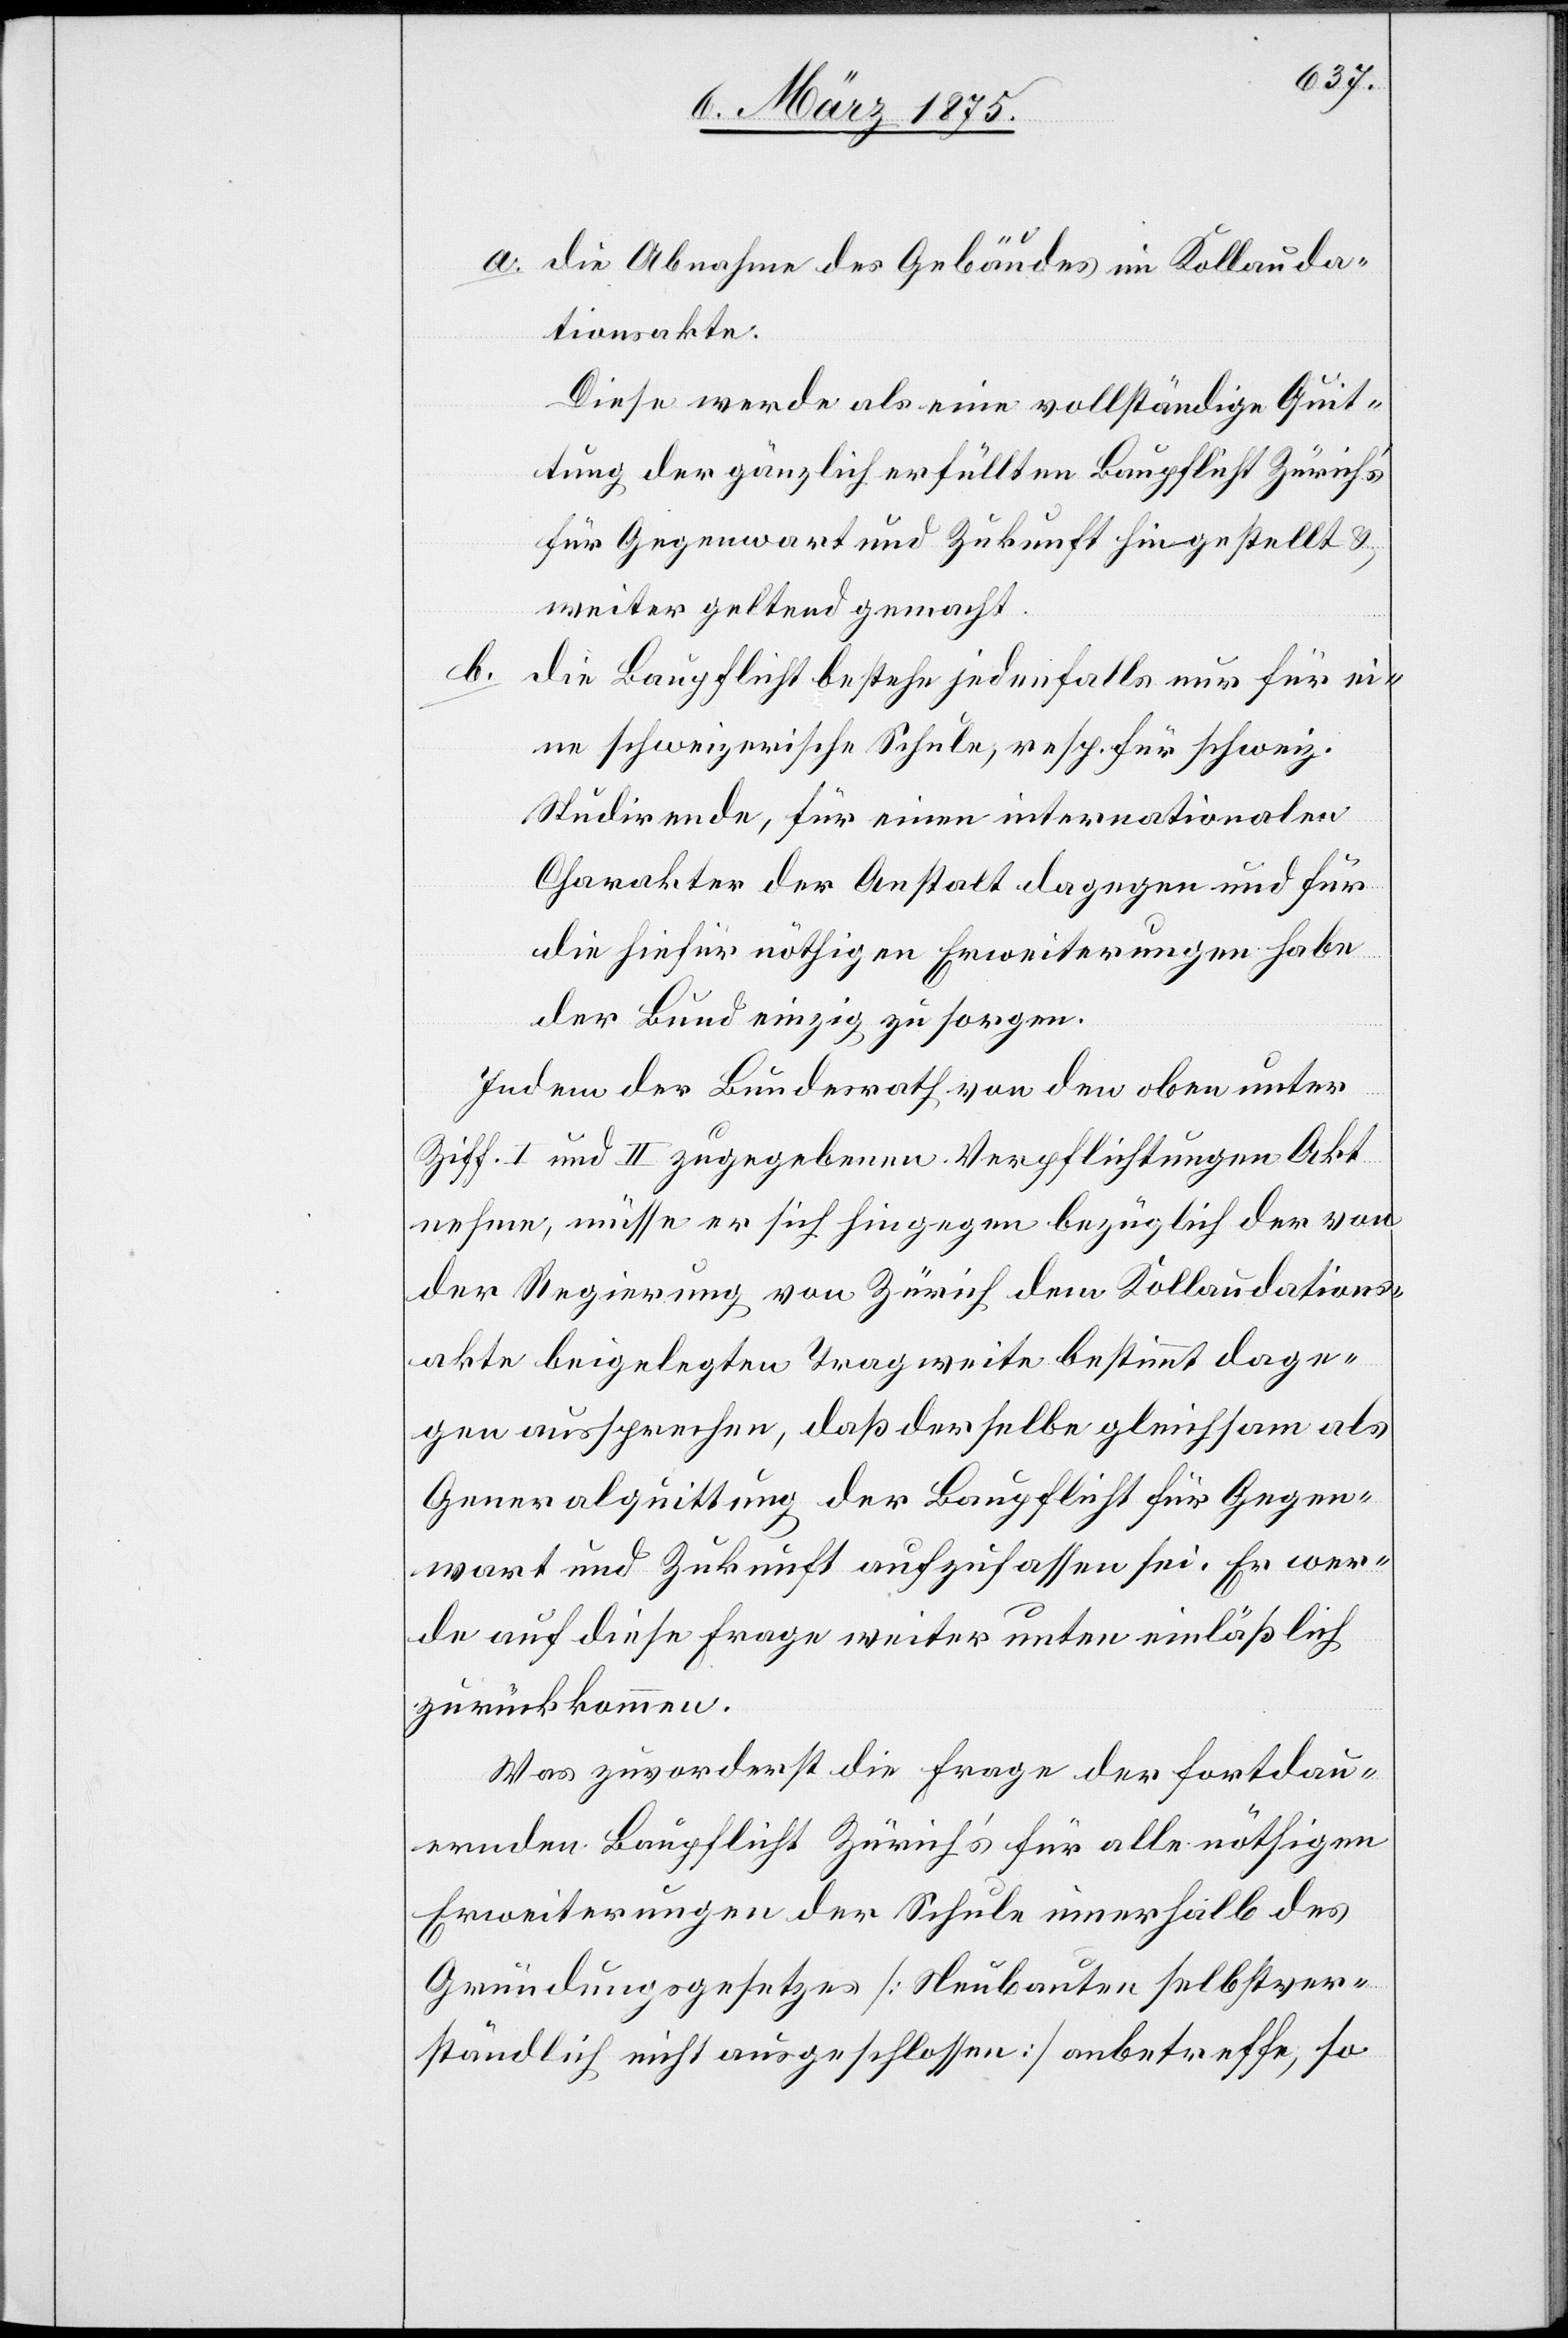
a. die Abnahme des Gebäudes im Kollauda¬
tionsakte:
Diese werde als eine vollständige Quit¬
tung der gänzlich erfüllten Baupflicht Zürich’s
für Gegenwart und Zukunft hingestellt &
weiter geltend gemacht.
b.
die Baupflicht bestehe jedenfalls nur für ei¬
ne schweizerische Schule, resp. für schweiz.
Studirende, für einen internationalen
Charakter der Anstalt dagegen und für
die hiefür nöthigen Erweiterungen habe
der Bund einzig zu sorgen.
Indem der Bundesrath von den oben unter
Ziff. I und II zugegebenen Verpflichtungen Akt
nehme, müsse er sich hingegen bezüglich der von
der Regierung von Zürich dem Kollaudations¬
akte beigelegten Tragmiete bestimmt dage¬
gen aussprechen, daß derselbe gleichsam als
Generalquittung der Baupflicht für Gegen¬
wart und Zukunft aufzufassen sei. Er wer¬
de auf diese Frage weiter unten einläßlich
zurückkommen.
Was zuvorderst die Frage der fortdau¬
ernden Baupflicht Zürich’s für alle nöthigen
Erweiterungen der Schule innerhalb des
Gründungsgesetzes [Neubauten selbstver¬
ständlich nicht ausgeschlossen] anbetreffe, so